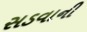
સડવાની